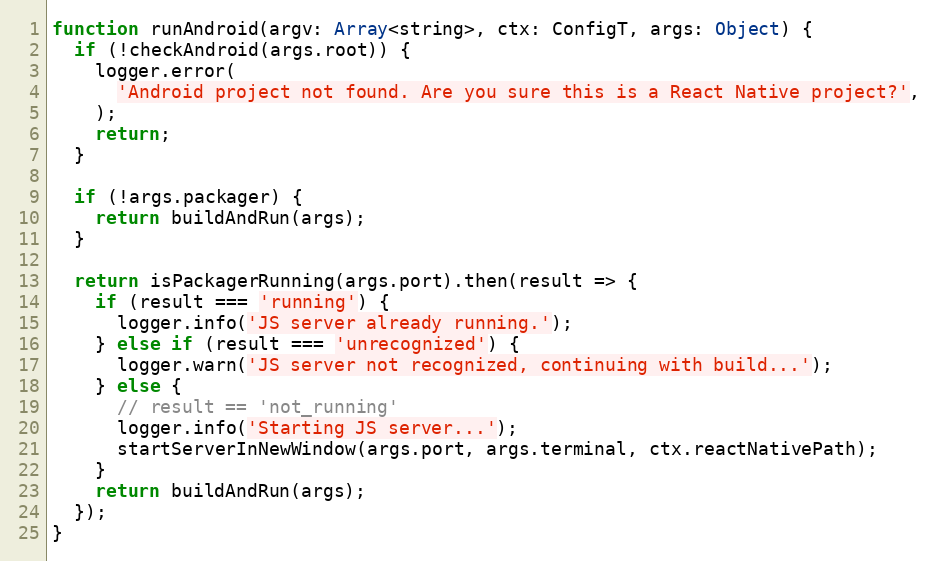
Language: JavaScript
function runAndroid(argv: Array<string>, ctx: ConfigT, args: Object) {
  if (!checkAndroid(args.root)) {
    logger.error(
      'Android project not found. Are you sure this is a React Native project?',
    );
    return;
  }

  if (!args.packager) {
    return buildAndRun(args);
  }

  return isPackagerRunning(args.port).then(result => {
    if (result === 'running') {
      logger.info('JS server already running.');
    } else if (result === 'unrecognized') {
      logger.warn('JS server not recognized, continuing with build...');
    } else {
      // result == 'not_running'
      logger.info('Starting JS server...');
      startServerInNewWindow(args.port, args.terminal, ctx.reactNativePath);
    }
    return buildAndRun(args);
  });
}